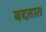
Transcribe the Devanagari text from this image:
बदतात